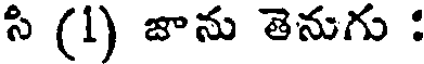
సి (1) జాను తెనుగు :